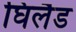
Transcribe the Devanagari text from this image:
घिलैड